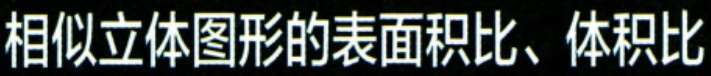
相似立体图形的表面积比、体积比